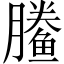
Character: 䲢